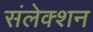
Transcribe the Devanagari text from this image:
संलेक्शन